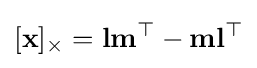
[\mathbf {x} ]_{\times }=\mathbf {l} \mathbf {m} ^{\top }-\mathbf {m} \mathbf {l} ^{\top }